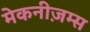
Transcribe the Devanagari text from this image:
मेकनीज़म्स